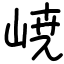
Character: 𡸳